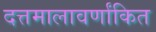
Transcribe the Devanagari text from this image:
दत्तमालावर्णांकित